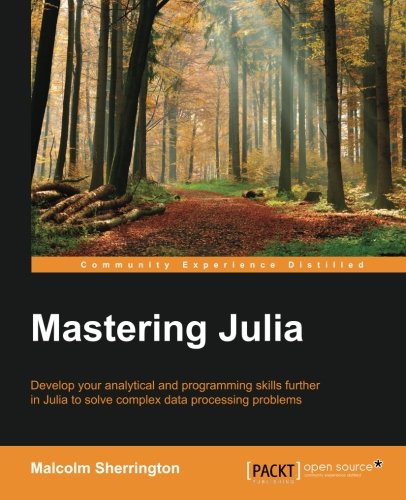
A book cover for Mastering Julia; Malcolm Sherrington; Computers & Technology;